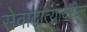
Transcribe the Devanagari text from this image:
सेवादात्यावरील